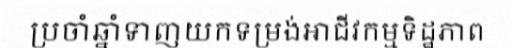
ប្រចាំឆ្នាំទាញយកទម្រង់អាជីវកម្មទិដ្ឋភាព